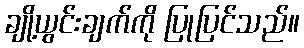
ချို့ယွင်းချက်ကို ပြုပြင်သည်။